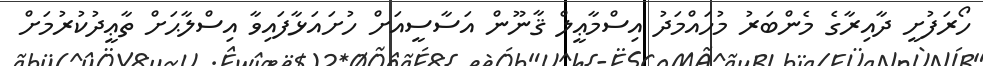
ހޯރަފުށީ ދާއިރާގެ މެންބަރު މުހައްމަދު އިސްމާޢީލް ޤާނޫން އަސާސީއަށް ހުށައަޅާފައިވާ އިސްލާޙަށް ތާޢީދުކުރުމަށް